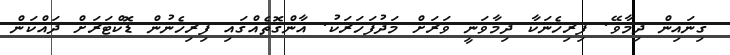
ގިނައިން ދިމާވޭ. ފިރިހެނަކާ ދިމާވަނީ ވަރަށް މަދުފަހަރަކު. އާންގޮތެއްގައި ފިރިހެނުން ޑޮކްޓަރަށް ދައްކަން